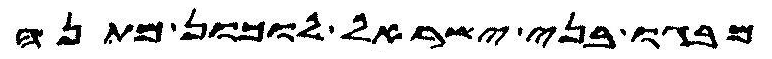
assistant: מבגו בני ישראל לוכון מתנה